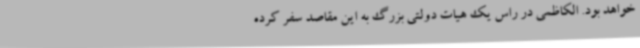
خواهد بود. الکاظمی در راس یک هیات دولتی بزرگ به این مقاصد سفر کرده